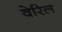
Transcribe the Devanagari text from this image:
वेरिल